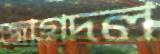
জাগদল